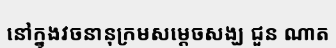
នៅក្នុងវចនានុក្រមសម្តេចសង្ឃ ជួន ណាត